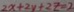
2 x + 2 y + 2 z = 2